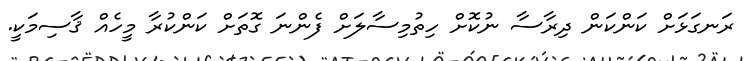
ރަނގަޅަށް ކަންކަން ދިރާސާ ނުކޮށް ހިތުމިސާލަށް ފެންނަ ގޮތަށް ކަންކުރާ މީހެއް ޤާސިމަކީ.